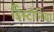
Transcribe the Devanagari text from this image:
डिस्टोनिया